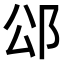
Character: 𮟭